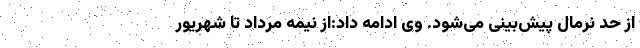
از حد نرمال پیش‌بینی می‌شود. وی ادامه داد:از نیمه مرداد تا شهریور